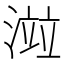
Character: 𣺄